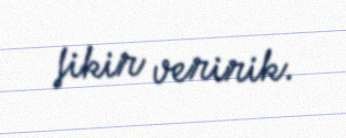
fikir veririk.